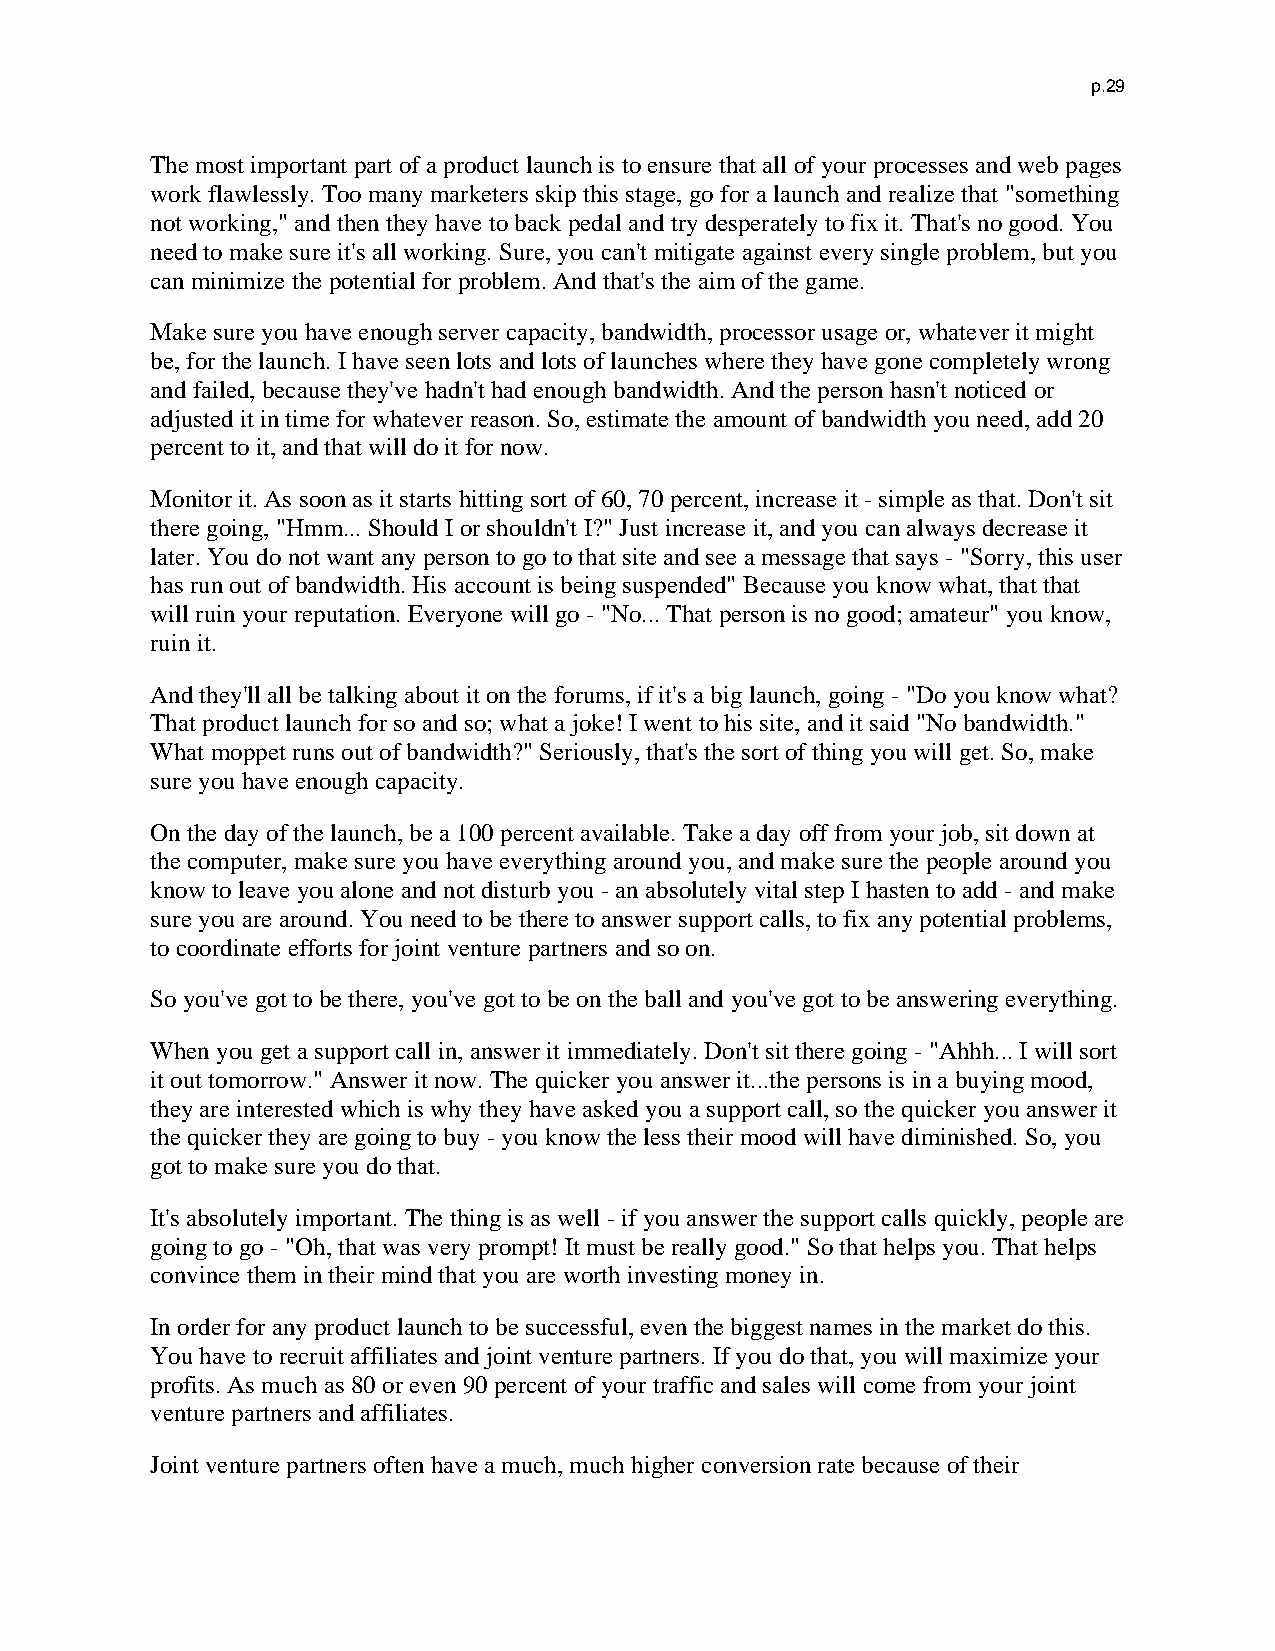
p.29
 The most important part of a product launch is to ensure that all of your processes and web pages
 work flawlessly. Too many marketers skip this stage, go for a launch and realize that "something
 not working," and then they have to back pedal and try desperately to fix it. That's no good. You
 need to make sure it's all working. Sure, you can't mitigate against every single problem, but you
 can minimize the potential for problem. And that's the aim of the game.
 Make sure you have enough server capacity, bandwidth, processor usage or, whatever it might
 be, for the launch. I have seen lots and lots of launches where they have gone completely wrong
 and failed, because they've hadn't had enough bandwidth. And the person hasn't noticed or
 adjusted it in time for whatever reason. So, estimate the amount of bandwidth you need, add 20
 percent to it, and that will do it for now.
 Monitor it. As soon as it starts hitting sort of 60, 70 percent, increase it - simple as that. Don't sit
 there going, "Hmm... Should I or shouldn't I?" Just increase it, and you can always decrease it
 later. You do not want any person to go to that site and see a message that says - "Sorry, this user
 has run out of bandwidth. His account is being suspended" Because you know what, that that
 will ruin your reputation. Everyone will go - "No... That person is no good; amateur" you know,
 ruin it.
 And they'll all be talking about it on the forums, if it's a big launch, going - "Do you know what?
 That product launch for so and so; what a joke! I went to his site, and it said "No bandwidth."
 What moppet runs out of bandwidth?" Seriously, that's the sort of thing you will get. So, make
 sure you have enough capacity.
 On the day of the launch, be a 100 percent available. Take a day off from your job, sit down at
 the computer, make sure you have everything around you, and make sure the people around you
 know to leave you alone and not disturb you - an absolutely vital step I hasten to add - and make
 sure you are around. You need to be there to answer support calls, to fix any potential problems,
 to coordinate efforts for joint venture partners and so on.
 So you've got to be there, you've got to be on the ball and you've got to be answering everything.
 When you get a support call in, answer it immediately. Don't sit there going - "Ahhh... I will sort
 it out tomorrow." Answer it now. The quicker you answer it...the persons is in a buying mood,
 they are interested which is why they have asked you a support call, so the quicker you answer it
 the quicker they are going to buy - you know the less their mood will have diminished. So, you
 got to make sure you do that.
 It's absolutely important. The thing is as well - if you answer the support calls quickly, people are
 going to go - "Oh, that was very prompt! It must be really good." So that helps you. That helps
 convince them in their mind that you are worth investing money in.
 In order for any product launch to be successful, even the biggest names in the market do this.
 You have to recruit affiliates and joint venture partners. If you do that, you will maximize your
 profits. As much as 80 or even 90 percent of your traffic and sales will come from your joint
 venture partners and affiliates.
 Joint venture partners often have a much, much higher conversion rate because of their